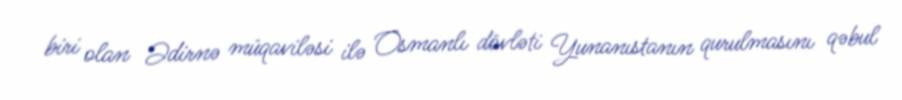
biri olan Ədirnə müqaviləsi ilə Osmanlı dövləti Yunanıstanın qurulmasını qəbul